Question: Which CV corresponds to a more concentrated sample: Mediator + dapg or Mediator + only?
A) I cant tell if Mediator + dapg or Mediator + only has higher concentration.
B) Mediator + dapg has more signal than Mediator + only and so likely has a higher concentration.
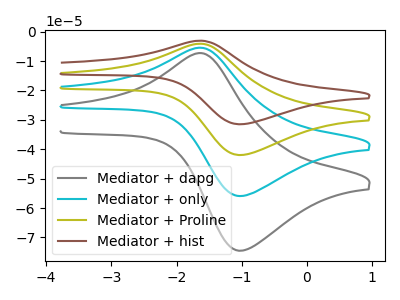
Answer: <think>The gray curve "Mediator + dapg" has an anodic peak at (-1.65V, -7.35uA) and a cathodic peak at (-1.00V, -74.50uA). The cyan curve "Mediator + only" has an anodic peak at (-1.65V, -5.50uA) and a cathodic peak at (-1.00V, -55.90uA). The olive curve "Mediator + Proline" has an anodic peak at (-1.65V, -11.00uA) and a cathodic peak at (-1.00V, -111.80uA). The brown curve "Mediator + hist" has an anodic peak at (-1.65V, -16.50uA) and a cathodic peak at (-1.00V, -167.70uA).
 All the peaks in "Mediator + dapg" have a peak in "Mediator + only" at the same potential.</think>
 <answer>A) I cant tell if "Mediator + dapg" or "Mediator + only" has higher concentration.</answer>
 <eval>A</eval>